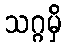
သဂ္ဂမှိ